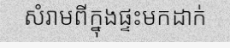
សំរាមពីក្នុងផ្ទះមកដាក់